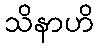
သိနာဟိ